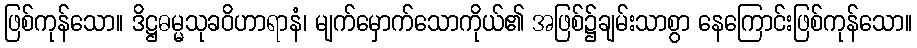
ဖြစ်ကုန်သော။ ဒိဋ္ဌဓမ္မသုခဝိဟာရာနံ၊ မျက်မှောက်သောကိုယ်၏ အဖြစ်၌ချမ်းသာစွာ နေကြောင်းဖြစ်ကုန်သော။